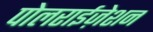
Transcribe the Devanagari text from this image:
पोलराईज़ेशन